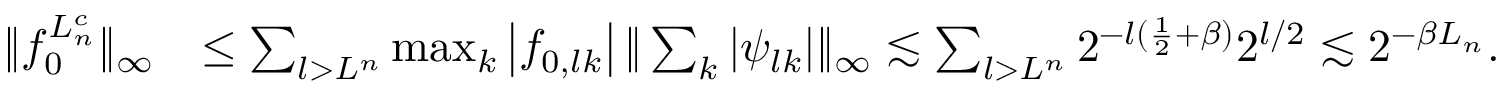
\begin{array} { r l } { \| f _ { 0 } ^ { L _ { n } ^ { c } } \| _ { \infty } } & { \leq \sum _ { l > L ^ { n } } \operatorname* { m a x } _ { k } \left| f _ { 0 , l k } \right| \| \sum _ { k } | \psi _ { l k } | \| _ { \infty } \lesssim \sum _ { l > L ^ { n } } 2 ^ { - l ( \frac { 1 } { 2 } + \beta ) } 2 ^ { l / 2 } \lesssim 2 ^ { - \beta L _ { n } } . } \end{array}